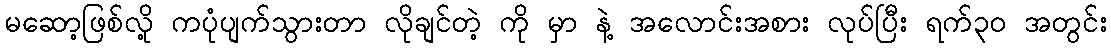
မဆော့ဖြစ်လို့ ကပုံပျက်သွားတာ လိုချင်တဲ့ ကို မှာ နဲ့ အလောင်းအစား လုပ်ပြီး ရက်၃၀ အတွင်း